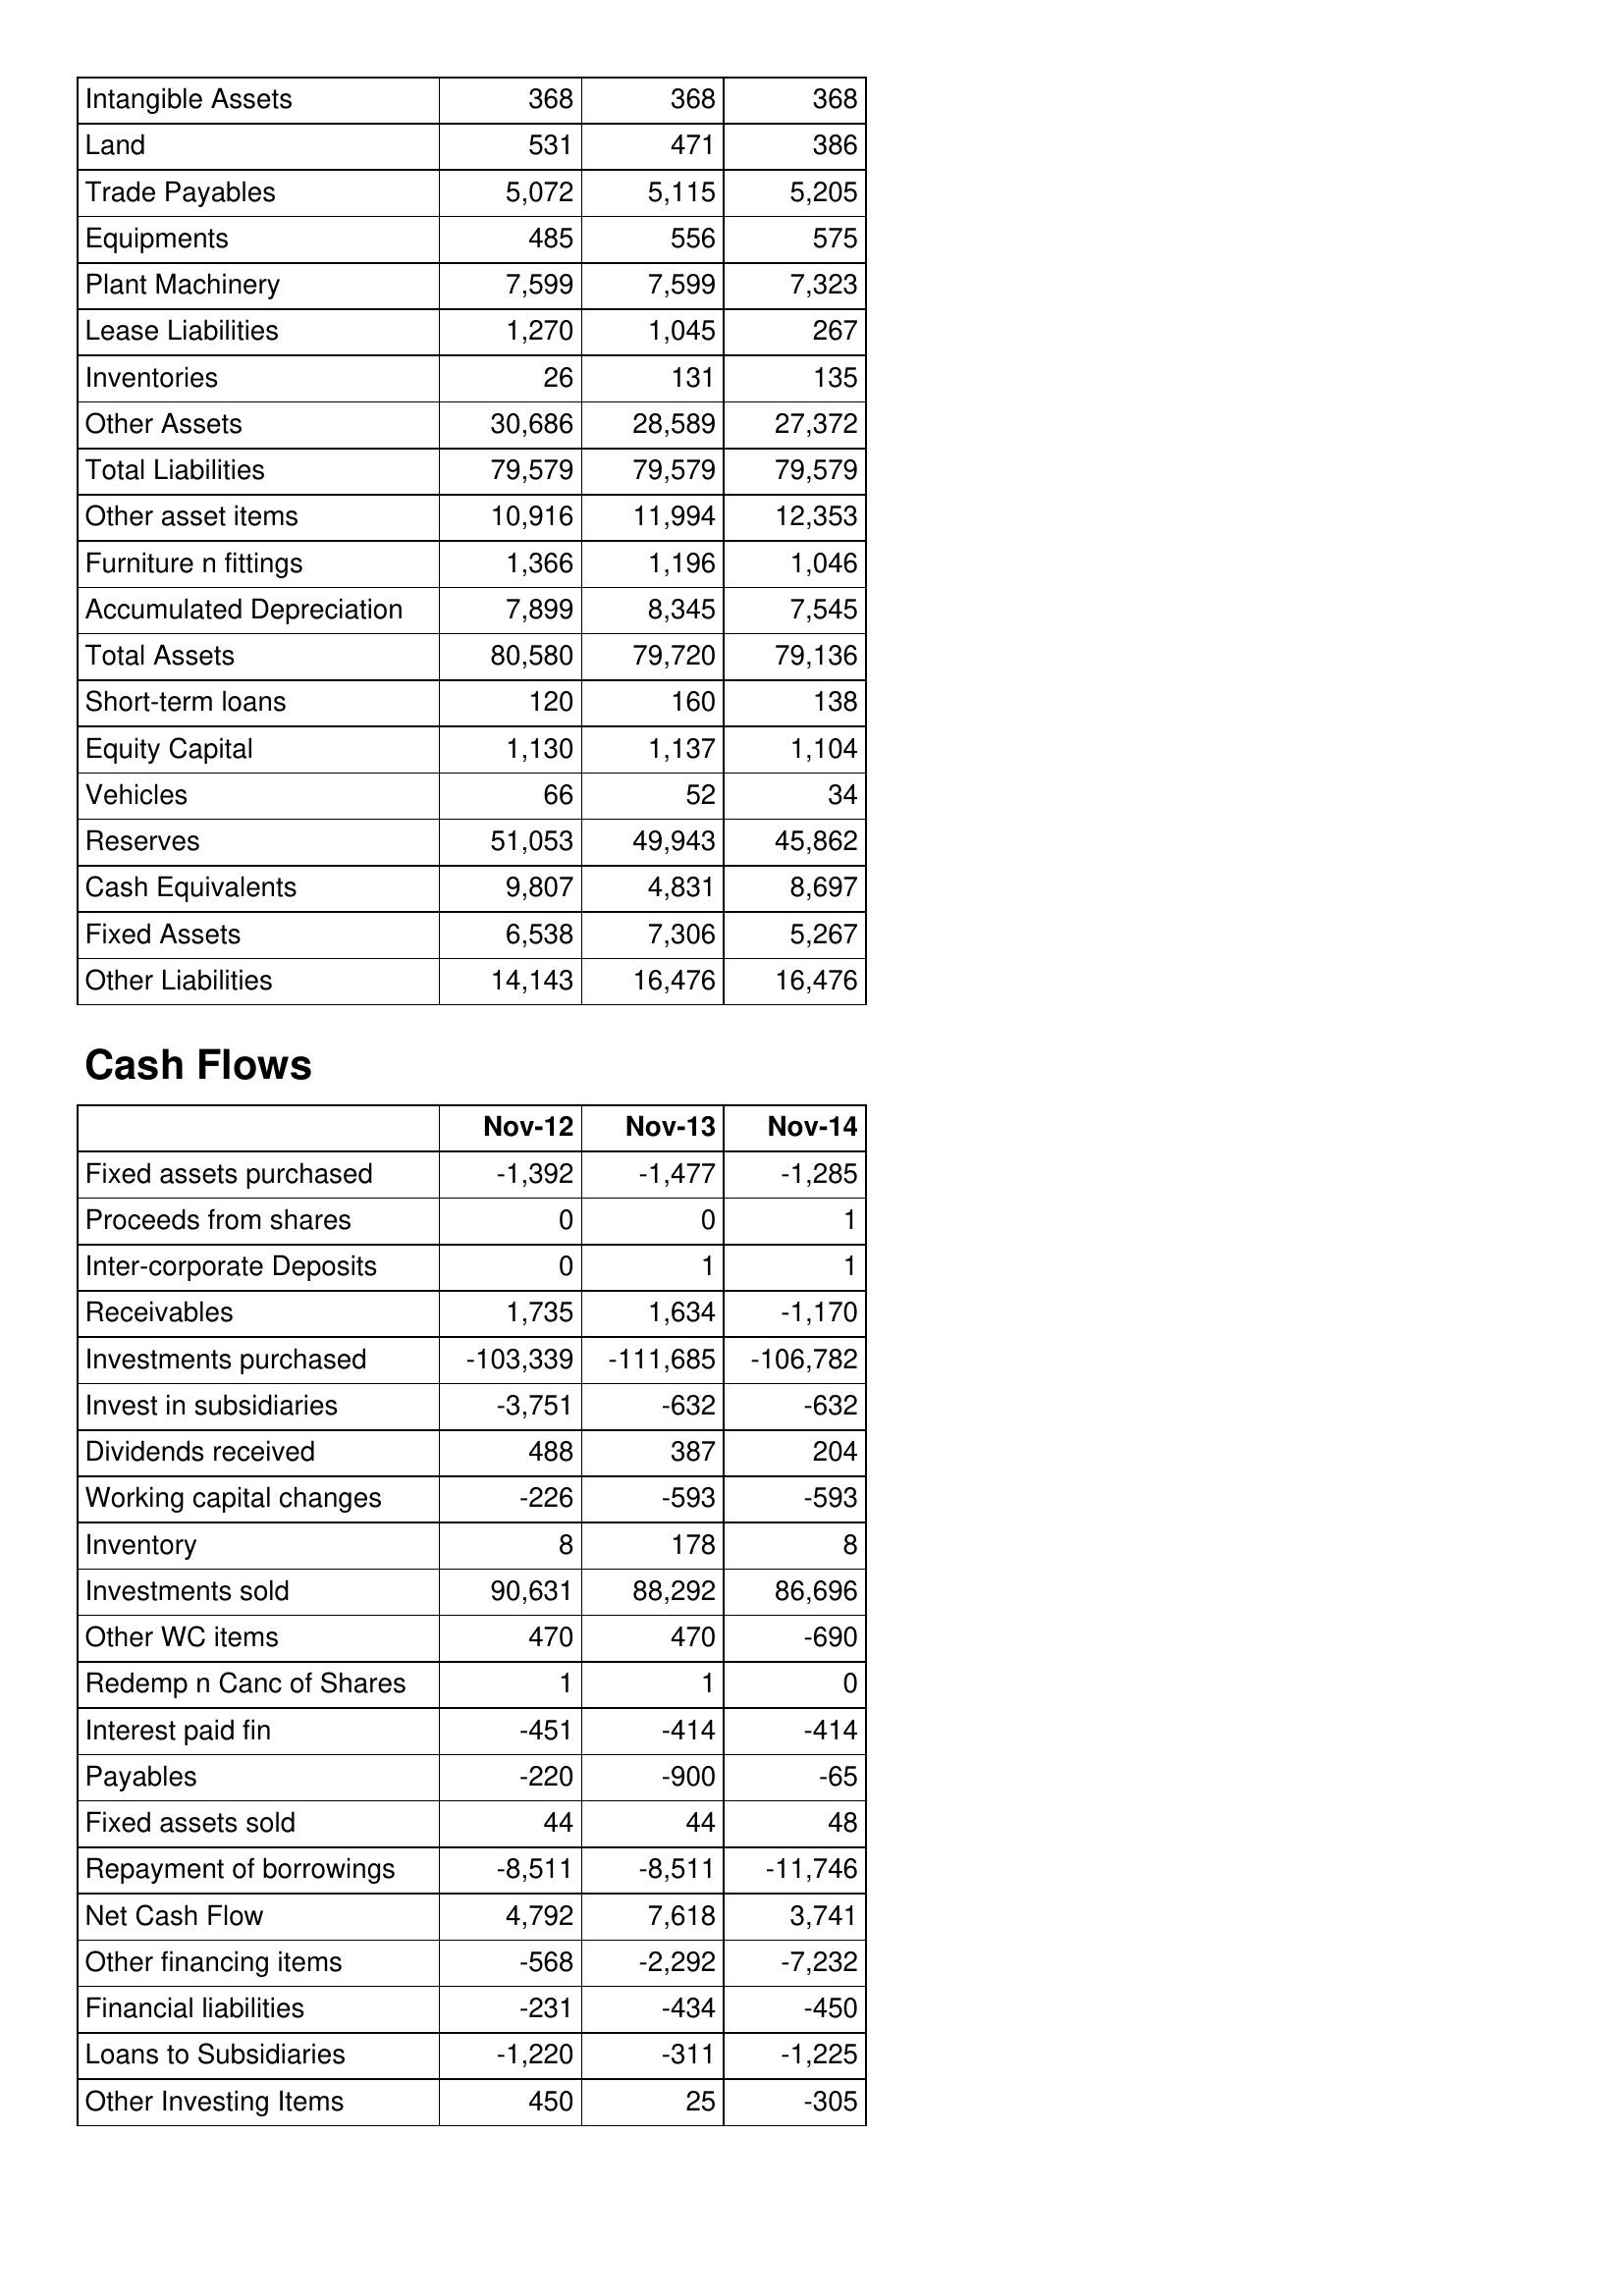
Nov-12: Balance Sheet: Intangible Assets: 368
Land: 531
Trade Payables: 5,072
Equipments: 485
Plant Machinery: 7,599
Lease Liabilities: 1,270
Inventories: 26
Other Assets: 30,686
Total Liabilities: 79,579
Other asset items: 10,916
Furniture n fittings: 1,366
Accumulated Depreciation: 7,899
Total Assets: 80,580
Short-term loans: 120
Equity Capital: 1,130
Vehicles: 66
Reserves: 51,053
Cash Equivalents: 9,807
Fixed Assets: 6,538
Other Liabilities: 14,143
Cash Flows: Fixed assets purchased: -1,392
Proceeds from shares: 0
Inter-corporate Deposits: 0
Receivables: 1,735
Investments purchased: -103,339
Invest in subsidiaries: -3,751
Dividends received: 488
Working capital changes: -226
Inventory: 8
Investments sold: 90,631
Other WC items: 470
Redemp n Canc of Shares: 1
Interest paid fin: -451
Payables: -220
Fixed assets sold: 44
Repayment of borrowings: -8,511
Net Cash Flow: 4,792
Other financing items: -568
Financial liabilities: -231
Loans to Subsidiaries: -1,220
Other Investing Items: 450
Nov-13: Balance Sheet: Intangible Assets: 368
Land: 471
Trade Payables: 5,115
Equipments: 556
Plant Machinery: 7,599
Lease Liabilities: 1,045
Inventories: 131
Other Assets: 28,589
Total Liabilities: 79,579
Other asset items: 11,994
Furniture n fittings: 1,196
Accumulated Depreciation: 8,345
Total Assets: 79,720
Short-term loans: 160
Equity Capital: 1,137
Vehicles: 52
Reserves: 49,943
Cash Equivalents: 4,831
Fixed Assets: 7,306
Other Liabilities: 16,476
Cash Flows: Fixed assets purchased: -1,477
Proceeds from shares: 0
Inter-corporate Deposits: 1
Receivables: 1,634
Investments purchased: -111,685
Invest in subsidiaries: -632
Dividends received: 387
Working capital changes: -593
Inventory: 178
Investments sold: 88,292
Other WC items: 470
Redemp n Canc of Shares: 1
Interest paid fin: -414
Payables: -900
Fixed assets sold: 44
Repayment of borrowings: -8,511
Net Cash Flow: 7,618
Other financing items: -2,292
Financial liabilities: -434
Loans to Subsidiaries: -311
Other Investing Items: 25
Nov-14: Balance Sheet: Intangible Assets: 368
Land: 386
Trade Payables: 5,205
Equipments: 575
Plant Machinery: 7,323
Lease Liabilities: 267
Inventories: 135
Other Assets: 27,372
Total Liabilities: 79,579
Other asset items: 12,353
Furniture n fittings: 1,046
Accumulated Depreciation: 7,545
Total Assets: 79,136
Short-term loans: 138
Equity Capital: 1,104
Vehicles: 34
Reserves: 45,862
Cash Equivalents: 8,697
Fixed Assets: 5,267
Other Liabilities: 16,476
Cash Flows: Fixed assets purchased: -1,285
Proceeds from shares: 1
Inter-corporate Deposits: 1
Receivables: -1,170
Investments purchased: -106,782
Invest in subsidiaries: -632
Dividends received: 204
Working capital changes: -593
Inventory: 8
Investments sold: 86,696
Other WC items: -690
Redemp n Canc of Shares: 0
Interest paid fin: -414
Payables: -65
Fixed assets sold: 48
Repayment of borrowings: -11,746
Net Cash Flow: 3,741
Other financing items: -7,232
Financial liabilities: -450
Loans to Subsidiaries: -1,225
Other Investing Items: -305